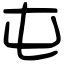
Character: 屯